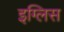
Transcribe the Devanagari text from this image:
इग्लिस